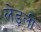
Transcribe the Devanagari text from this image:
लेड्ली